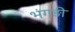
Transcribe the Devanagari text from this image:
भंगड़ी